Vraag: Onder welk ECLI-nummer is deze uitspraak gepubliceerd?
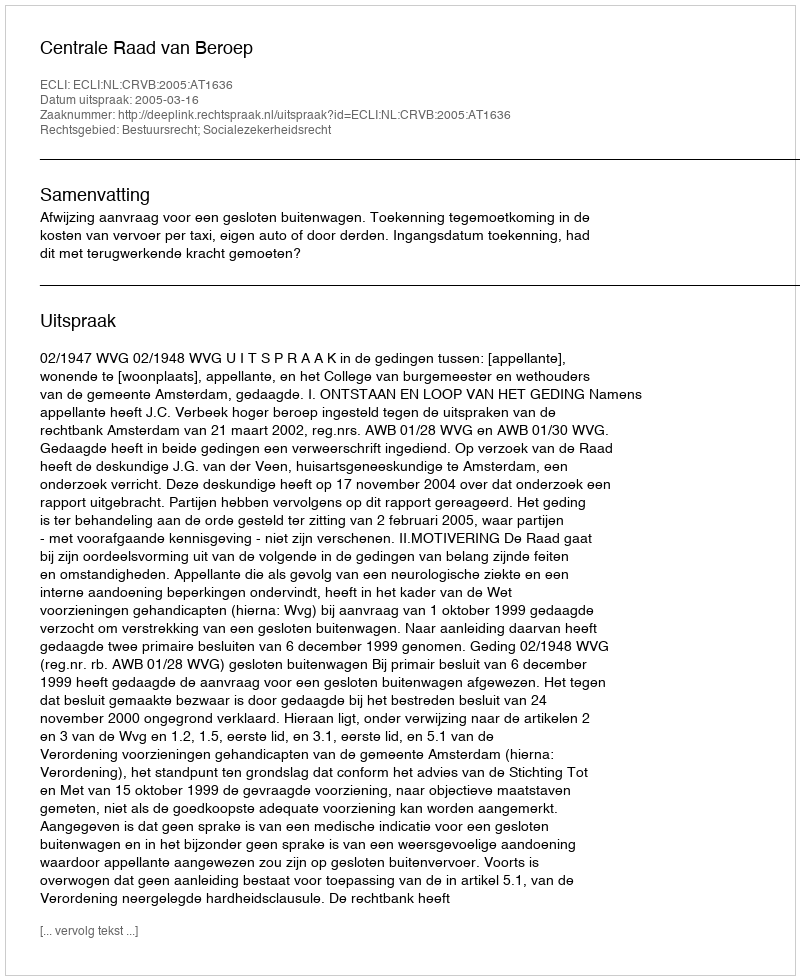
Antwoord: ECLI:NL:CRVB:2005:AT1636